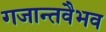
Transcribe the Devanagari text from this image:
गजान्तवैभव